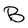
Character: B